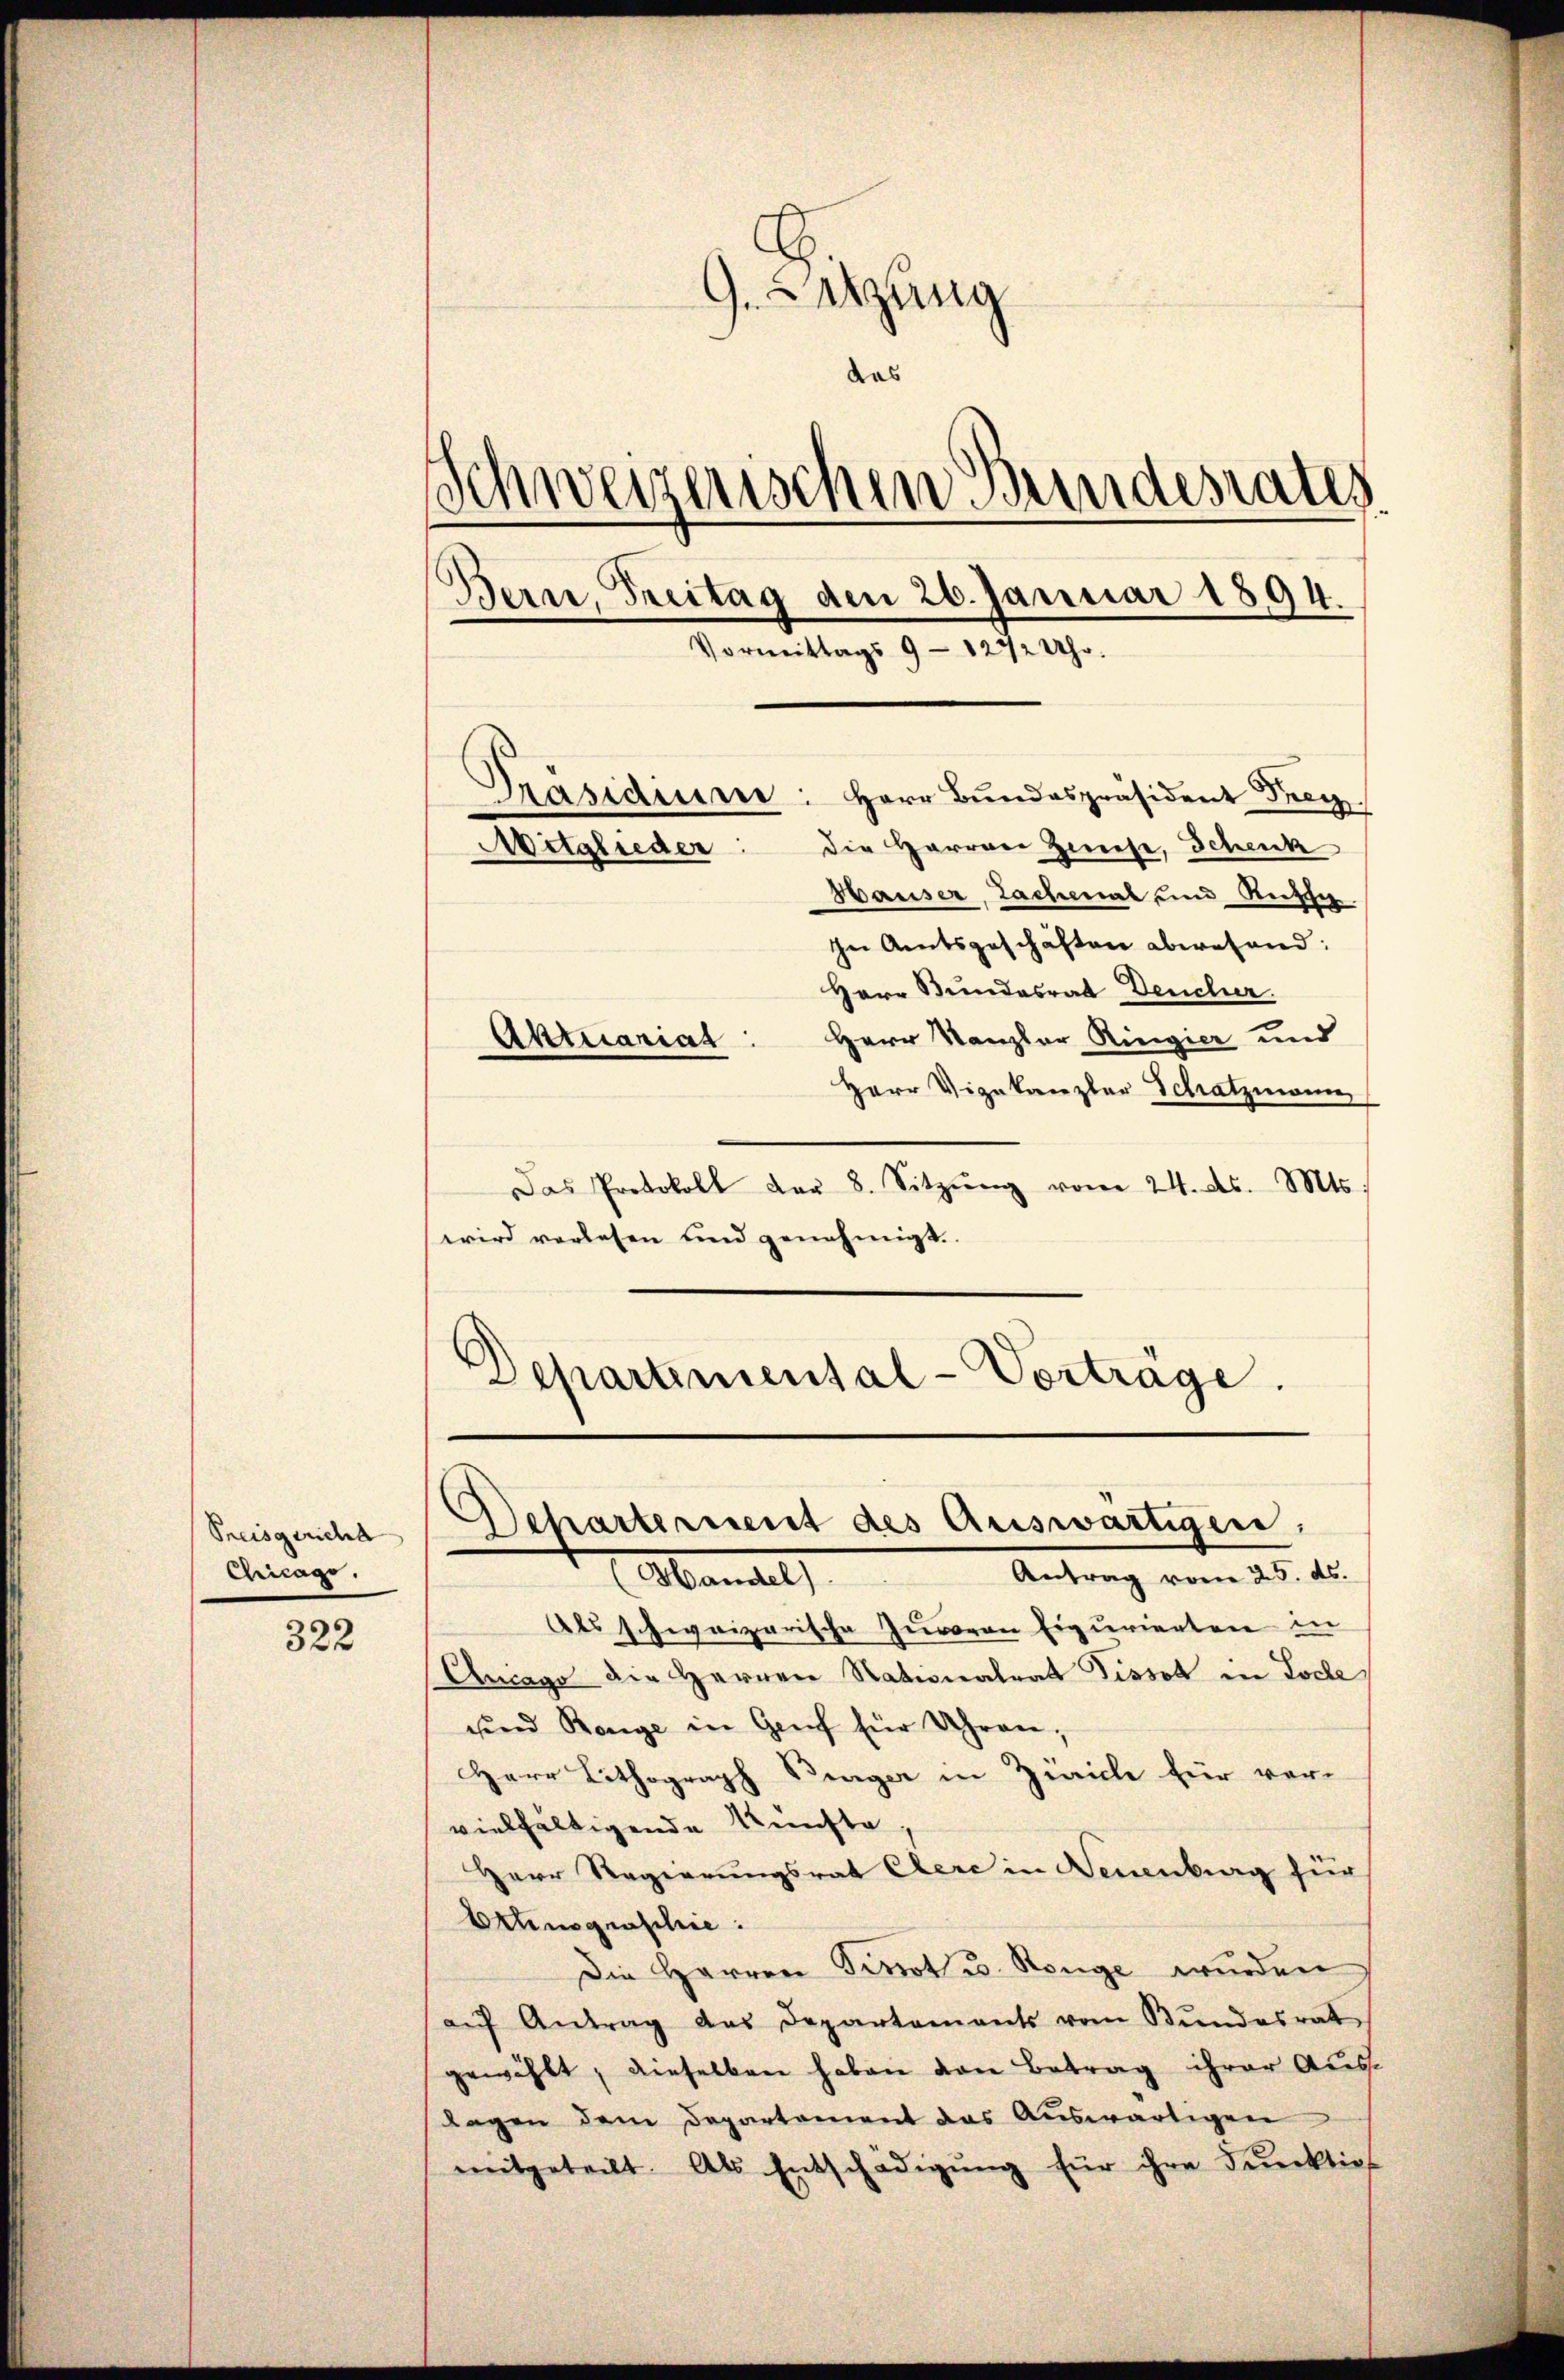
Preisgericht
Ainlage.

322

9. Sitzung
das
Schweizerischen Bundesrates
Bern, Treitag den 26. Januar 1894.
Vormittags 9 - 1272 Uhr.
Präsidium: Herr Bundespräsident Frey.
Mitglieder: die Herren Zwiese, Schenk
Hauser, Lachmal und Russer.

In Amtsgeschäften abwesend:
Herr Bundesrat Deucher.
Herr Kanzler Ringier und
Herr Vizekanzler Schatzmann
Das Protokoll der 8. Sitzŭng vom 24. ds. Mts.
wird vorlesen und genehmigt.
Departimental-Vorträge.

Aktuariat

Scharternent des Auswärtigen.
Antrag vom 25. ds.
Abandels

Als schweizerische Zuvoren Eigurienten in
Ancago die Herren Nationalrat Tissot in Loche
und Renge in Genf für Uhren,
Herr Lithograph Binger in Zürich für vervielfältigende Künste
Herr Regierungsrat Clere in Neuenburg für
Erhnograschie
Die Herren Tirot u. Renge wurden
aŭf Antrag des Departements vom Bŭndesrat
gewählt, dieselben haben von Betrag ihrer Auslagen dem Departement das Auswärtigen
mitgeteilt. Als Entschädigŭng für ihre Punktio